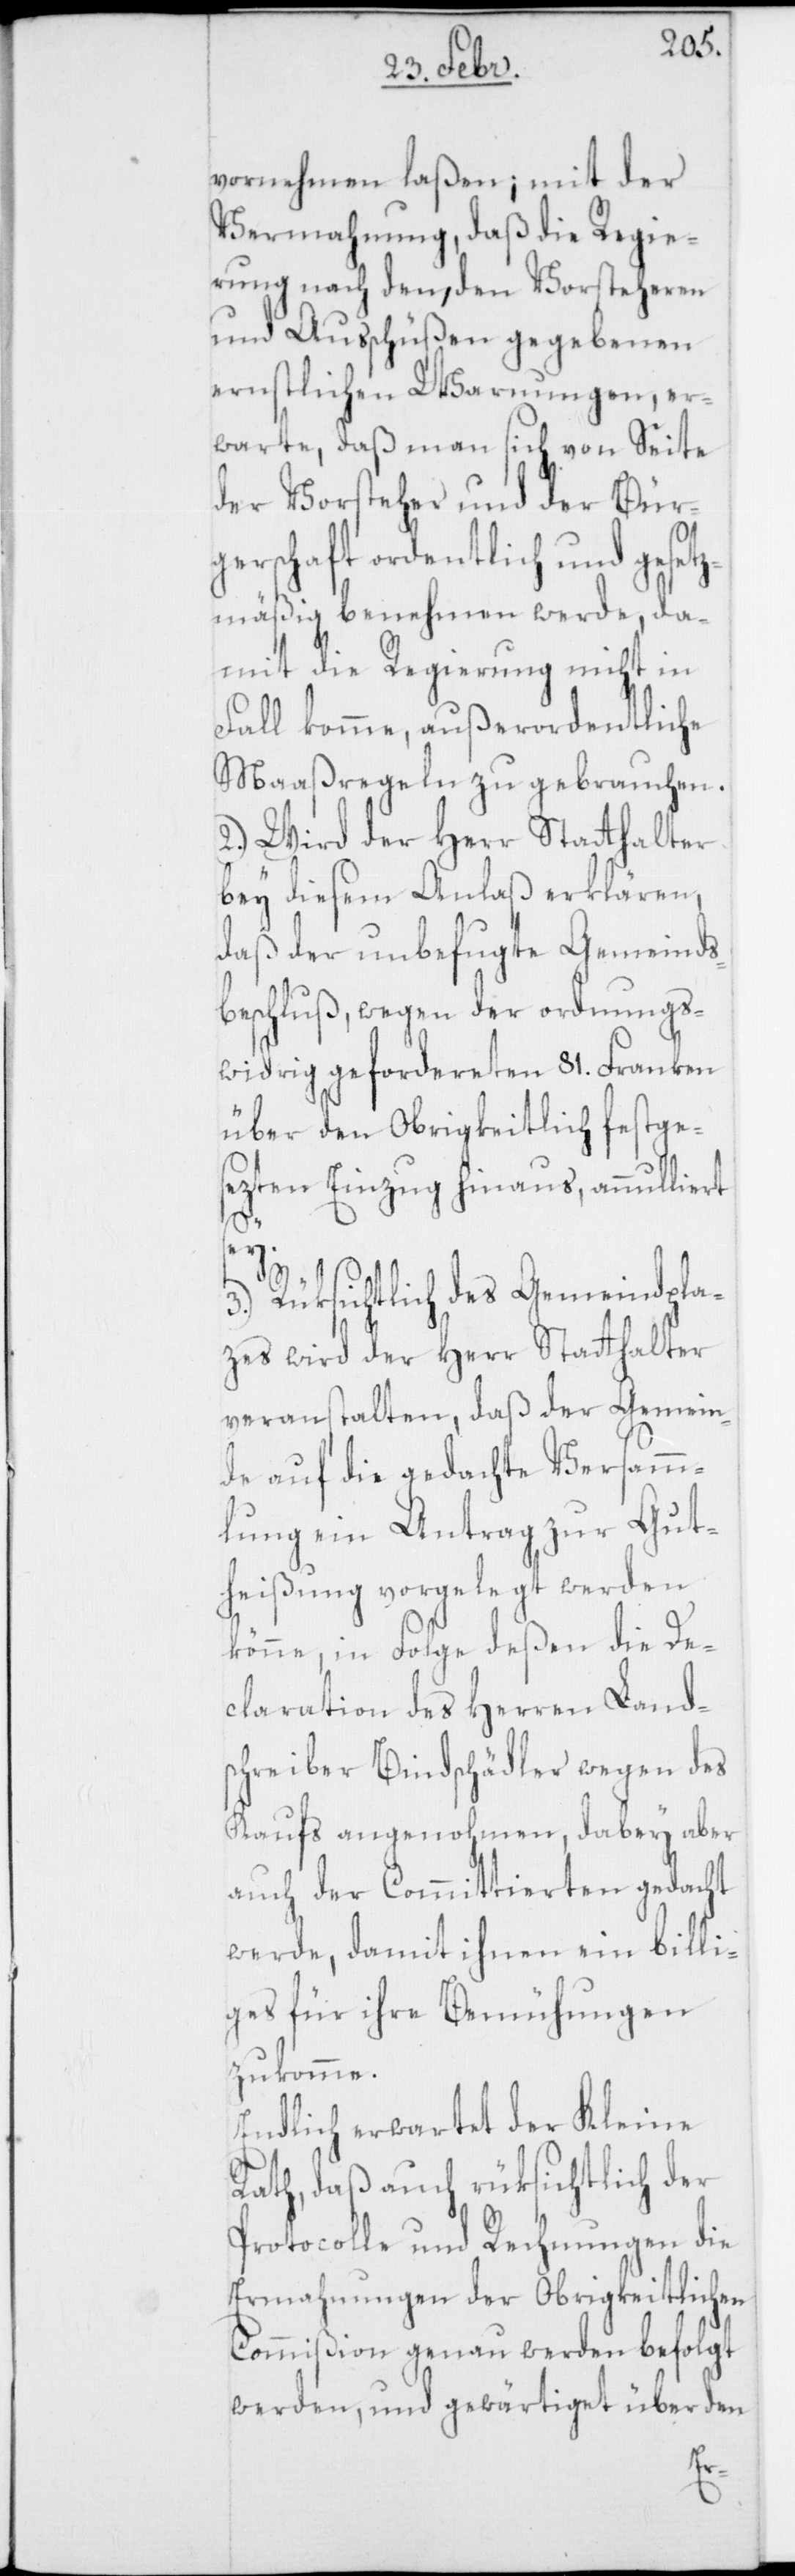
vornehmen laßen; mit der
Vermahnung, daß die Regie¬
rung nach den, den Vorsteheren
und Ausschüßen gegebenen
ernstlichen Warnungen, er¬
warte, daß man sich von Seite
der Vorsteher und der Bür¬
gerschaft ordentlich und gesetz¬
mäßig benehmen werde, da¬
mit die Regierung nicht in
Fall komme, außerordentliche
Maaßregeln zu gebrauchen.
2.) Wird der Herr Statthalter
bey diesem Anlaß erklären,
daß der unbefugte Gemeinds¬
beschluß, wegen der ordnungs¬
widrig gefordereten 81. Franken
über den Obrigkeitlich festges¬
etzten Einzug hinaus, annulliert
sey.
3.) Rüksichtlich des Gemeindpla¬
zes wird der Herr Statthalter
veranstalten, daß der Gemein¬
de auf die gedachte Versamm¬
lung ein Antrag zur Gut¬
heißung vorgelegt werden
könne, in Folge deßen die De¬
claration des Herren Land¬
schreiber Bindschädler wegen des
Kaufs angenohmen, dabey aber
auch der Committierten gedacht
werde, damit ihnen ein billi¬
ges für ihre Bemühungen
zukomme.
Endlich erwartet der Kleine
Rath, daß auch rüksichtlich der
Protocolle und Rechnungen die
Ermahnungen der Obrigkeitlichen
Commißion genau werden befolgt
werden, und gewärtiget über den